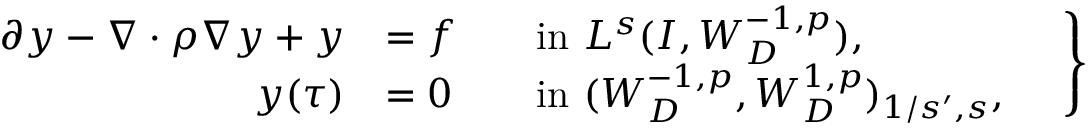
\begin{array} { r } { \left. \begin{array} { r l r l } { \partial y - \nabla \cdot \rho \nabla y + y } & { = f } & & { \mathrm { i n ~ } L ^ { s } ( I , W _ { D } ^ { - 1 , p } ) , } \\ { y ( \tau ) } & { = 0 } & & { \mathrm { i n ~ } ( W _ { D } ^ { - 1 , p } , W _ { D } ^ { 1 , p } ) _ { 1 / s ^ { \prime } , s } , } \end{array} \quad \right\} } \end{array}